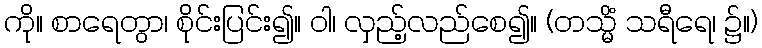
ကို။ စာရေတွာ၊ စိုင်းပြင်း၍။ ဝါ၊ လှည့်လည်စေ၍။ (တသ္မိံ သရီရေ၊ ၌။)